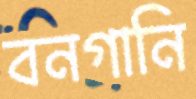
বনগানি